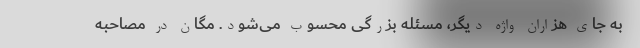
به جای هزاران واژه دیگر، مسئله بزرگی محسوب می‌شود. مگان در مصاحبه